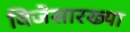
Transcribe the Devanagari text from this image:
विजेसारख्या